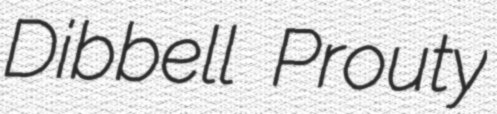
Dibbell Prouty